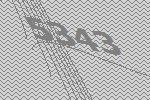
5343